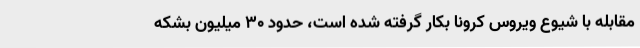
مقابله با شیوع ویروس کرونا بکار گرفته شده است، حدود 30 میلیون بشکه